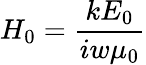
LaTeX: H_{0}=\frac{kE_{0}}{iw\mu_{0}}